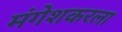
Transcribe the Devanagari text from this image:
मंगेशकरला